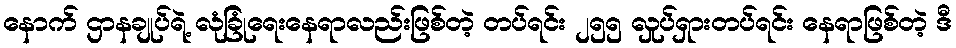
နောက် ဌာနချုပ်ရဲ့ လုံခြုံရေးနေရာလည်းဖြစ်တဲ့ တပ်ရင်း ၂၅၅ လှုပ်ရှားတပ်ရင်း နေရာဖြစ်တဲ့ ဒီ